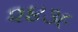
૨૪૩૯